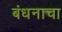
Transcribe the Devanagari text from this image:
बंधनाचा